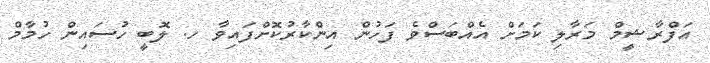
އަފްރާޝީމް މަރާލި ކަމަށް އެއްބަސްވެ ފަހުން އިންކާރުކޮށްފައިވާ ހ. ލޮބީ ހުސައިން ހުމާމް